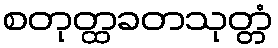
စတုတ္ထခတသုတ္တံ